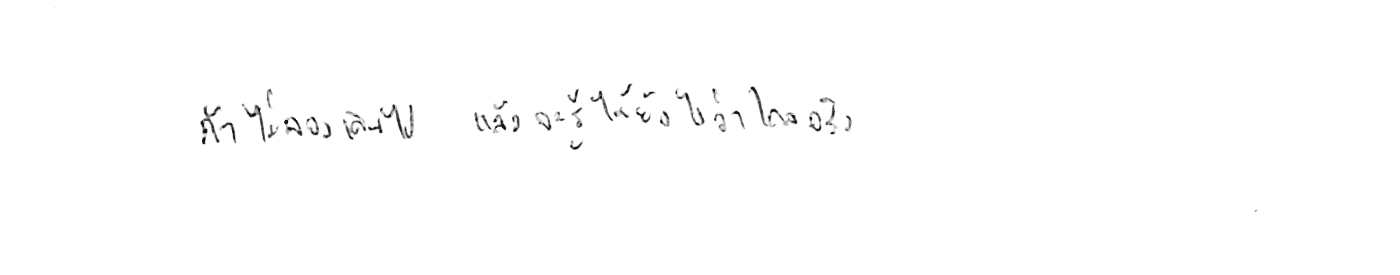
ถ้าไม่ลองเดินไป แล้วจะรู้ได้ยังไงว่าไกลจริง